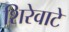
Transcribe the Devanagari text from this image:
शिरेवाटे